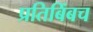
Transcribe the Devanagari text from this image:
प्रतिबिंबच